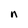
Character: n